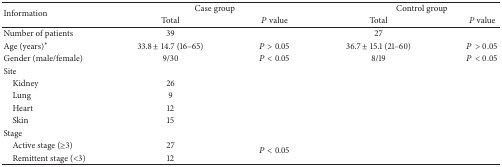
<table><thead><tr><td rowspan="2"><b>Information</b></td><td colspan="2"><b>Case group</b></td><td colspan="2"><b>Control group</b></td></tr><tr><td><b>Total</b></td><td><b><i>P</i> value</b></td><td><b>Total</b></td><td><b><i>P</i> value</b></td></tr></thead><tbody><tr><td>Number of patients</td><td>39</td><td> </td><td>27</td><td> </td></tr><tr><td>Age (years)<sup><i>∗</i></sup></td><td>33.8 ± 14.7 (16–65)</td><td><i>P</i> &gt; 0.05</td><td>36.7 ± 15.1 (21–60)</td><td><i>P</i> &gt; 0.05</td></tr><tr><td>Gender (male/female)</td><td>9/30</td><td><i>P</i> &lt; 0.05</td><td>8/19</td><td><i>P</i> &lt; 0.05</td></tr><tr><td>Site</td><td> </td><td> </td><td> </td><td> </td></tr><tr><td> Kidney</td><td>26</td><td> </td><td> </td><td> </td></tr><tr><td> Lung</td><td>9</td><td> </td><td> </td><td> </td></tr><tr><td> Heart</td><td>12</td><td> </td><td> </td><td> </td></tr><tr><td> Skin</td><td>15</td><td> </td><td> </td><td> </td></tr><tr><td>Stage</td><td> </td><td> </td><td> </td><td> </td></tr><tr><td> Active stage (≥3)</td><td>27</td><td rowspan="2"><i>P</i> &lt; 0.05</td><td> </td><td> </td></tr><tr><td> Remittent stage (&lt;3)</td><td>12</td><td> </td><td> </td></tr></tbody></table>